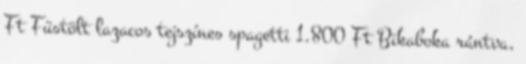
Ft Füstölt lazacos tejszínes spagetti 1.800 Ft Bikaboka rántva,